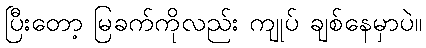
ပြီးတော့ မြခက်ကိုလည်း ကျုပ် ချစ်နေမှာပဲ။